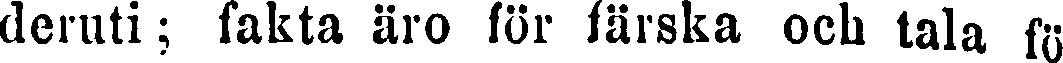
deruti; fakta äro för färska och tala fö